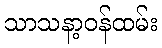
သာသနာ့ဝန်ထမ်း